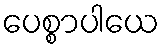
ပေစ္စာပါယေ